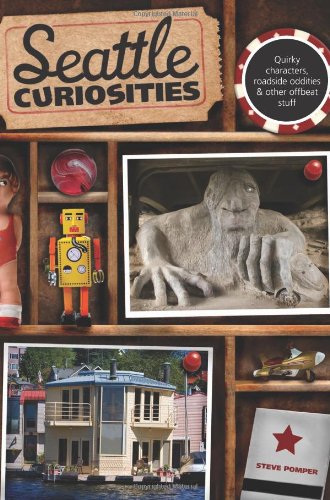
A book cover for Seattle Curiosities: Quirky Characters, Roadside Oddities & Other Offbeat Stuff (Curiosities Series); Steve Pomper; Travel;